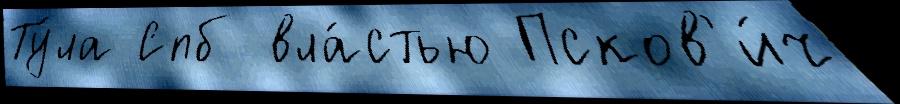
Ту́ла Спб вла́стью Псков'и́ч